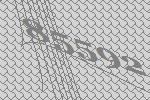
85592